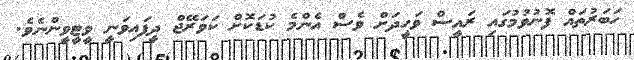
ހަބަރުތައް ފޮނުވުމުގައި ރައީސް ވަހީދަށް ވެސް އެންމެ ކުޑަކޮށް ކަވަރޭޖް ދީފައިވަނީ ވީޓީވީންނެވެ.